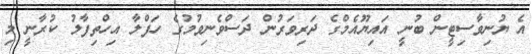
އެ ޔުނިވާސިޓީން ބުނީ އައިޔޫއެމްގެ ދަރިވަރުން ދަސްވެނިވުމުގެ ހަފްލާ އިހްތިފާލު ކުރާނީ މި